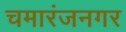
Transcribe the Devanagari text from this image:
चमारंजनगर